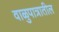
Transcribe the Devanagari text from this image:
वाळुपात्रातील